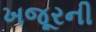
ખજૂરની